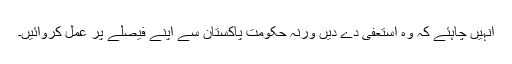
انہیں چاہئے کہ وہ استعفیٰ دے دیں ورنہ حکومت پاکستان سے اپنے فیصلے پر عمل کروائیں۔